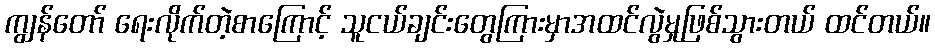
ကျွန်တော် ရေးလိုက်တဲ့စာကြောင့် သူငယ်ချင်းတွေကြားမှာအထင်လွဲမှုဖြစ်သွားတယ် ထင်တယ်။